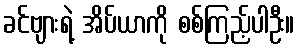
ခင်ဗျားရဲ့ အိပ်ယာကို စစ်ကြည့်ပါဦး။